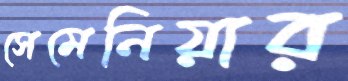
সেমেনিয়ার